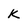
Character: k